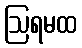
ဩရမထ